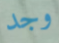
وجد